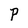
Character: P